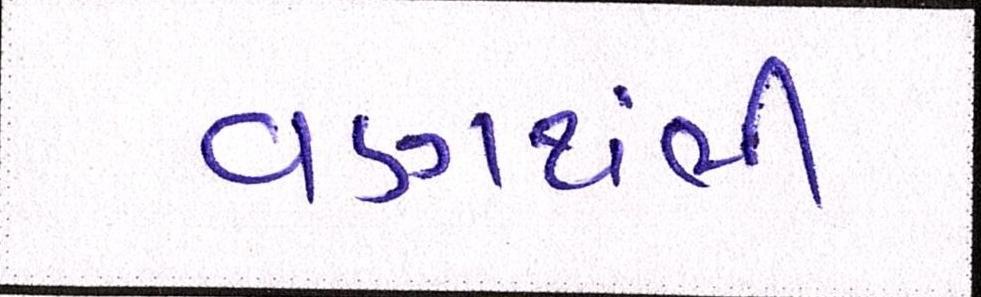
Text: વણથંભી